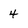
Character: 4